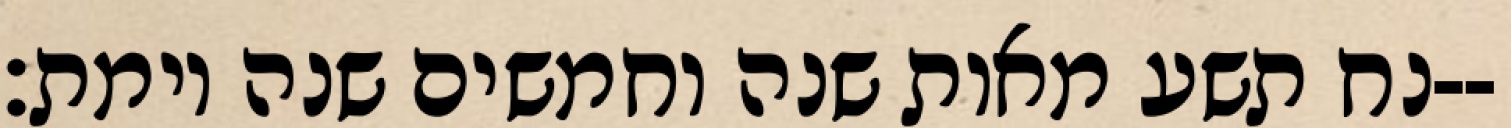
נח תשע מאות שנה וחמשים שנה וימת׃--